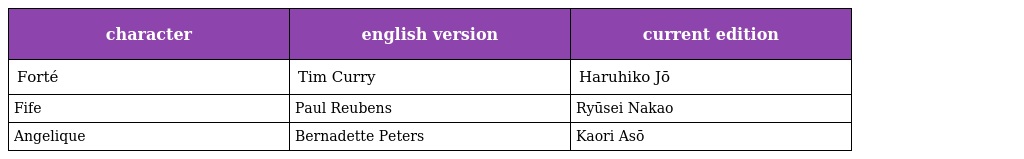
| character | english version | current edition |
 | --- | --- | --- |
 | Forté | Tim Curry | Haruhiko Jō |
 | Fife | Paul Reubens | Ryūsei Nakao |
 | Angelique | Bernadette Peters | Kaori Asō |